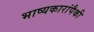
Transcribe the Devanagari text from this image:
भाष्यकारांपैकी